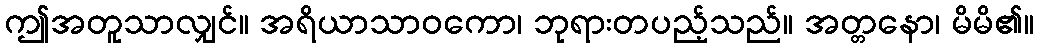
ဤအတူသာလျှင်။ အရိယာသာဝကော၊ ဘုရားတပည့်သည်။ အတ္တနော၊ မိမိ၏။